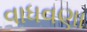
વાધવણા